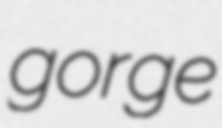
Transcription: gorge